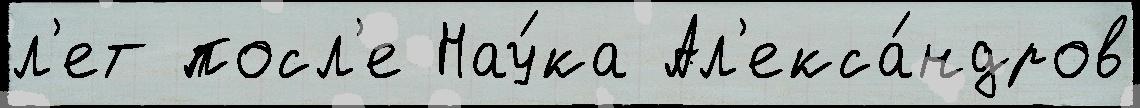
л'ет посл'е Нау́ка Ал'екса́ндров